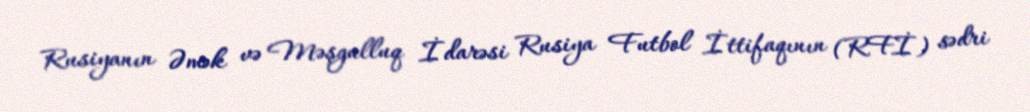
Rusiyanın Əmək və Məşgulluq İdarəsi Rusiya Futbol İttifaqının (RFİ) sədri